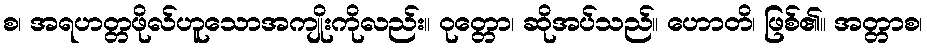
စ၊ အရဟတ္တဖိုလ်ဟူသောအကျိုးကိုလည်း။ ဝုတ္တော၊ ဆိုအပ်သည်။ ဟောတိ၊ ဖြစ်၏။ အတ္တာစ၊